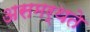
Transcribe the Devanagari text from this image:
असमर्थते